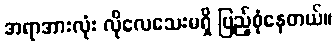
အရာအားလုံး လိုလေသေးမရှိ ပြည့်စုံနေတယ်။